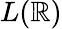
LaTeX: L(\mathbb{R})